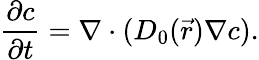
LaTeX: \frac{\partial c}{\partial t}=\nabla\cdot(D_{0}(\vec{r})\nabla c).